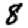
Digit: 8